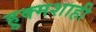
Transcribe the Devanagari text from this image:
हुक्मशाही